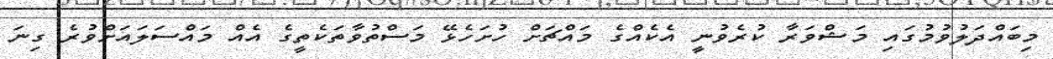
މިބައްދަލުވުމުގައި މަޝްވަރާ ކުރެވުނީ އެކެއްގެ މައްޗަށް ހުށަހެޅޭ މަސްތުވާތަކެތީގެ އެއް މައްސަލައަށްވުރެ ގިނަ